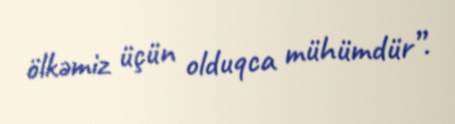
ölkəmiz üçün olduqca mühümdür”.